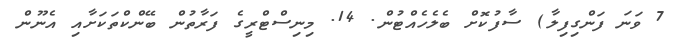
7 ވަނަ ފަންގިފިލާ) ސާފުކޮށް ބެލެހެއްޓުން. 14. މިނިސްޓްރީގެ ފަރާތުން ބޭންކްތަކަށާއި އެނޫން